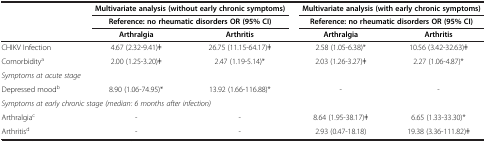
|  | <COLSPAN=2> Multivariate analysis (without early chronic symptoms) | <COLSPAN=2> Multivariate analysis (with early chronic symptoms) |
 |  | <COLSPAN=2> Reference: no rheumatic disorders OR (95% CI) | <COLSPAN=2> Reference: no rheumatic disorders OR (95% CI) |
 |  | Arthralgia | Arthritis | Arthralgia | Arthritis |
 | --- | --- | --- | --- | --- |
 | CHIKV Infection | 4.67 (2.32-9.41)ǂ | 26.75 (11.15-64.17)ǂ | 2.58 (1.05-6.38)* | 10.56 (3.42-32.63)ǂ |
 | Comorbiditya | 2.00 (1.25-3.20)ǂ | 2.47 (1.19-5.14)* | 2.03 (1.26-3.27)ǂ | 2.27 (1.06-4.87)* |
 | Symptoms at acute stage |  |  |  |  |
 | Depressed moodb | 8.90 (1.06-74.95)* | 13.92 (1.66-116.88)* | - | - |
 | <COLSPAN=3> Symptoms at early chronic stage (median: 6 months after infection) |  |  |
 | Arthralgiac | - | - | 8.64 (1.95-38.17)ǂ | 6.65 (1.33-33.30)* |
 | Arthritisd | - | - | 2.93 (0.47-18.18) | 19.38 (3.36-111.82)ǂ |